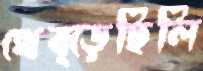
থেব্‌ড়েছিলি